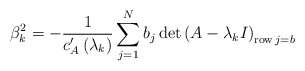
\begin{align*}\beta_{k}^{2}=-\frac{1}{c_{A}^{\prime}\left( \lambda_{k}\right) }\sum_{j=1}^{N}b_{j}\det\left( A-\lambda_{k}I\right) _{\operatorname{row}j=b}\end{align*}